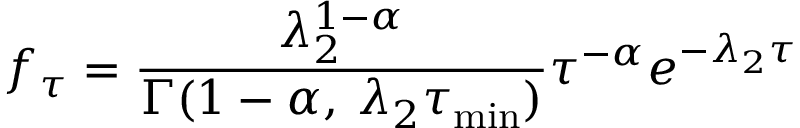
f _ { \tau } = \frac { \lambda _ { 2 } ^ { 1 - \alpha } } { \Gamma ( 1 - \alpha , \: \lambda _ { 2 } \tau _ { \mathrm { m i n } } ) } \tau ^ { - \alpha } e ^ { - \lambda _ { 2 } \tau }